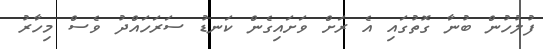
ފުލުހުން ބުނާ ގޮތުގައި އެ ރަށް ވަށައިގެން ކަނޑު ސަރަހައްދު ވެސް މިހާރު